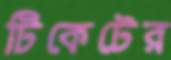
টিকেটের